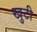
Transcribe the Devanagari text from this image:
खुटी